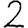
Digit: 2